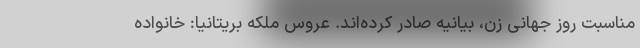
مناسبت روز جهانی زن، بیانیه صادر کرده‌اند. عروس ملکه بریتانیا: خانواده